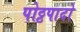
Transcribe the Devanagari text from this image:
पोठ्ठपादो